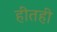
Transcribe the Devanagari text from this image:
हीतही